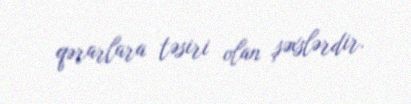
qərarlara təsiri olan şəxslərdir.